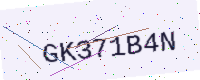
Text: GK371B4N